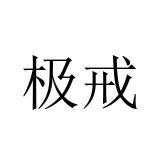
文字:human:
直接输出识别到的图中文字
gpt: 极戒